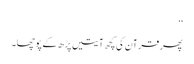
‘‘
پھر قرآن کی کچھ آیتیں پڑھ کے پوچھا۔